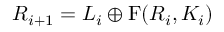
R _ { i + 1 } = L _ { i } \oplus \mathrm { { F } } ( R _ { i } , K _ { i } )